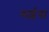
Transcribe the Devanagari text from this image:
गाईचा